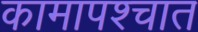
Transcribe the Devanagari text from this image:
कामापश्चात